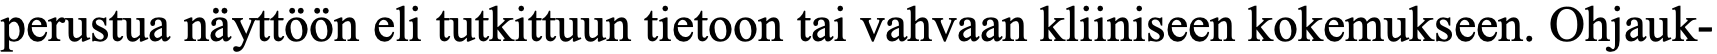
perustua näyttöön eli tutkittuun tietoon tai vahvaan kliiniseen kokemukseen. Ohjauk-